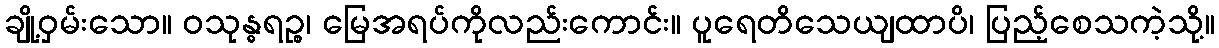
ချို့ဝှမ်းသော။ ဝသုန္ဓရဉ္စ၊ မြေအရပ်ကိုလည်းကောင်း။ ပူရေတိသေယျထာပိ၊ ပြည့်စေသကဲ့သို့။